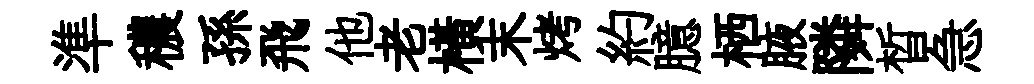
準穠孫飛他老橫末烤約臆栖腋隣晳急